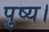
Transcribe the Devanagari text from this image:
पुष्य।